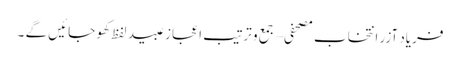
فریاد آزر انتخاب مصحفی – جمع و ترتیب اعجاز عبید لفظ کھو جائیں گے ۔